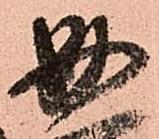
必